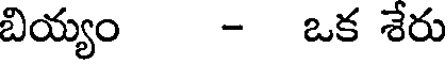
బియ్యం - ఒక శేరు